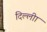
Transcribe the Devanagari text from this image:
दिल्लीा